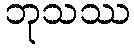
ဘုသဿ